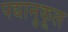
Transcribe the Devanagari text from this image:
पद्यानुकूल